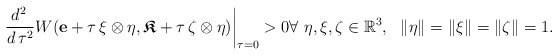
\begin{align*}\frac{d^2\, }{d\, \tau^2}W(\mathbf{e} + \tau \, \xi \otimes \eta, \boldsymbol{\mathfrak{K}} + \tau \, \zeta\otimes \eta)\bigg|_{\tau=0}>0 \forall\ \eta, \xi, \zeta \in \mathbb{R}^3, \ \ \lVert \eta\rVert=\lVert \xi\rVert=\lVert \zeta\rVert=1.\end{align*}